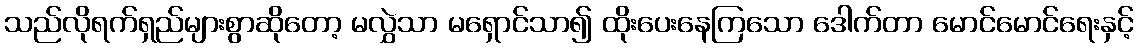
သည်လိုရက်ရှည်များစွာဆိုတော့ မလွှဲသာ မရှောင်သာ၍ ထိုးပေးနေကြသော ဒေါက်တာ မောင်မောင်ရေးနှင့်